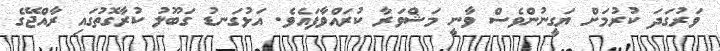
ވަރުގަދަ ކުރުމަށް ޔަގީނުންވެސް ވާނީ މަޝްވަރާ ކުރައްވާފައެވެ. އަޅުގަނޑު ގަބޫލު ކުރާގޮތުގައި ރާއްޖޭގެ